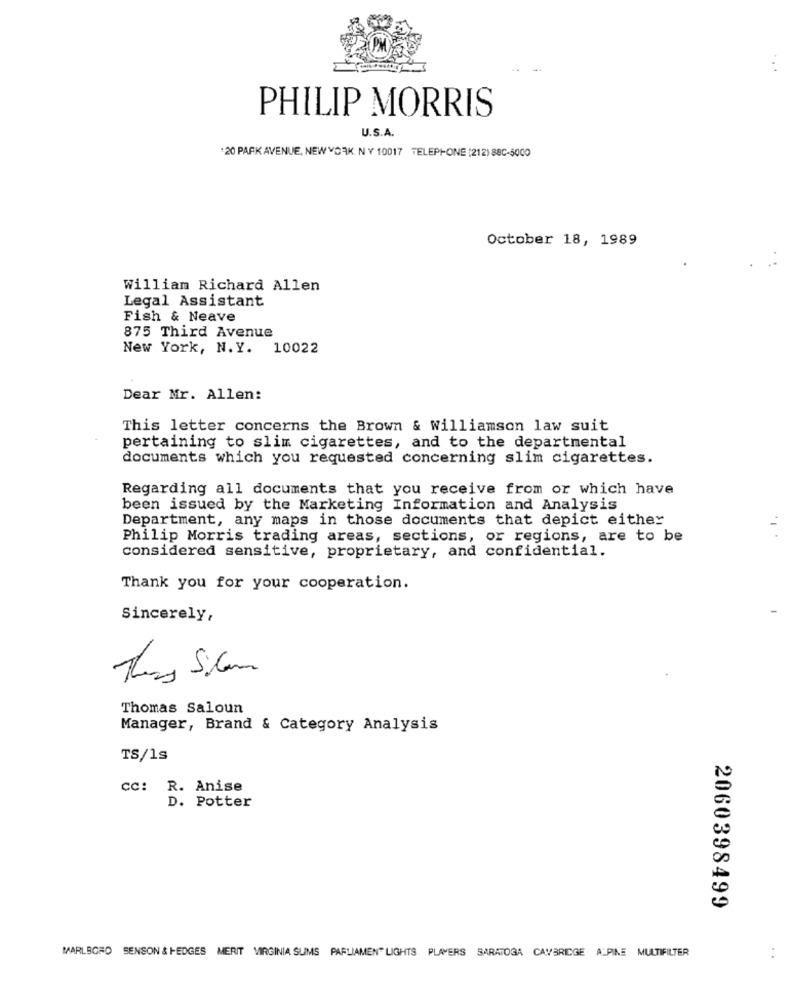
PHILIP MORRIS
U.S.A.
:20 PARK AVENUE, NEW YORK. N Y 10017 TELEPHONE (212) 88C-5000
October 18, 1989
William Richard Allen
Legal Assistant
Fish & Neave
875 Third Avenue
New York, N.Y. 10022
Dear Mr. Allen:
This letter concerns the Brown & williamson law suit
pertaining to slim cigarettes, and to the departmental
documents which you requested concerning slim cigarettes.
Regarding all documents that you receive from or which have
been issued by the Marketing Information and Analysis
Department, any maps in those documents that depict either
Philip Morris trading areas, sections, or regions, are to be
considered sensitive, proprietary, and confidential.
Thank you for your cooperation.
Sincerely,
Theus Sitam
Thomas Saloun
Manager, Brand & Category Analysis
TS/1s
Cc: R. Anise
D. Potter
2060398499
MARLBORO SENSON & HEDGES MERIT VIRGINIA SLIMS PARLIAMENT LIGHTS PLAYERS SARATOGA CAVBRIDGE ALPINE MULTIFILTER